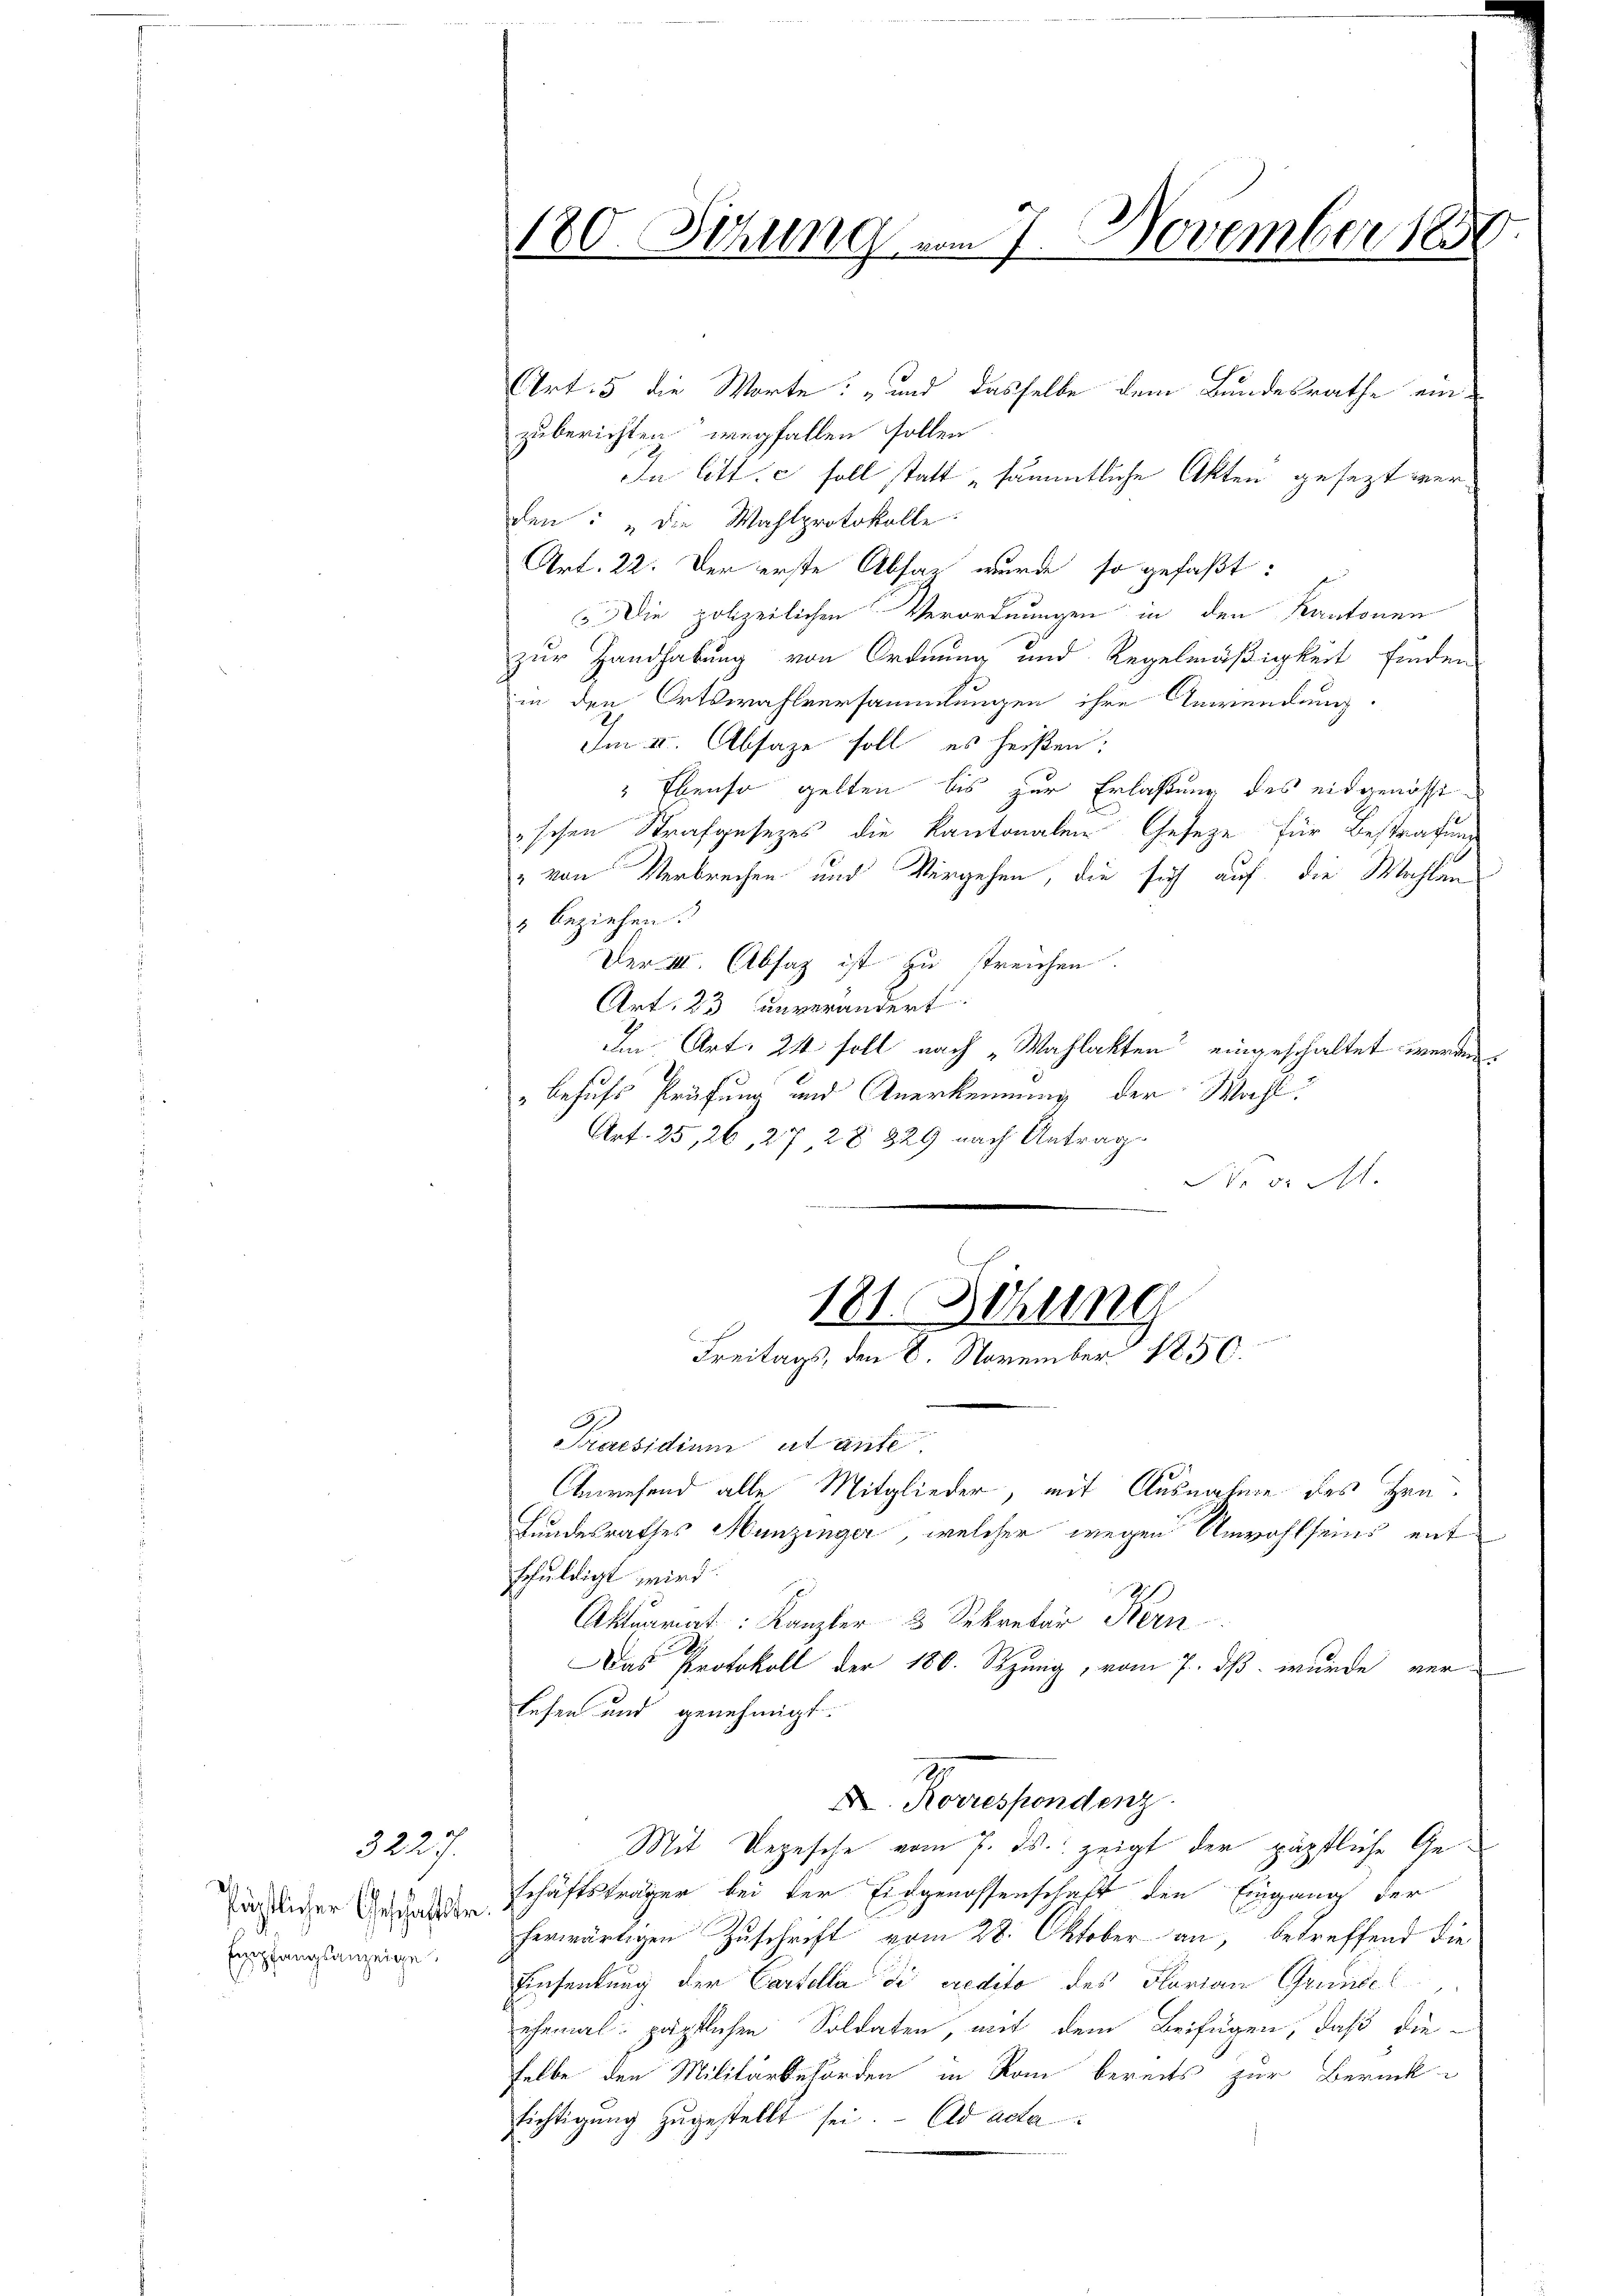
3227.
Pästlicher Geschäftstr.
Empfangsanzeige

den: „die Wahlprotokolle.
Art. 22. Der erste Absaz wurde so gefaßt:
5. Die polizeilichen Verordnungen in den Kantonen
zur Handhabung von Ordnung und Regelmäßigkeit finden
in den Ortswahlversammlungen ihre Anwendung.
Im II. Absage soll es heißen:
 Ebenso gelten bis zur Erlaßung des eidgenössischen Strafgesezes die Kantonalen Gesetze für Bestrafung
" von Verbrechen und Vergehen, die sich auf die Wahlen
" beziehen.
Der III. Absaz ist zu streichen.
Art. 23 unverändert.
Im Art. 24 soll nach „Wahlakten eingeschaltet werden.
"behufs Prüfung und Anerkennung der Wahl.
Art. 25, 26, 27 28 829 nach Antrag

180. Sitzung vom 7. November 1850
Art. 5 die Worte: „und dasselbe dem Bundesrathe einzuberichten wegfallen sollen
In litt. c soll statt „sämmtliche Akten gesezt wer¬

181. Sitzung
E
Freitags, den 8. November 1856.

Praesidium et ante.
Anwesend alle Mitglieder, mit Ausnahme des Hrn.
Bundesrathes Munzinger, welcher wegen Unwohlseins entschuldigt wird:
2
Aktuariat Kanzler 3 Sekretär Bern
Das Protokoll der 180. Sizung, vom 7. dß wurde ver-
Lesen und genehmigt.
3
A. Korrespondenz
Mit Depesche vom 7. ds. zeigt der päpstliche Geschäftsträger bei der Eidgenossenschaft den Eingang der
herwärtigen Zŭschrift vom 28. Oktober an, betreffend die
Einsendung der Cartolla di credito des Florian Grunde l
ehemal: päpstlichen Soldaten, mit dem Beifügen, daß die-
selbe den Militärbehörden in Rom bereits zur Berück-
sichtigŭng zugestellt sei. Ad acta